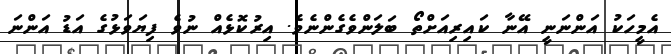
އެމީހަކު އަންނަނީ އޭނާ ކައިރިއަށްތޯ ބަލަންވެގެންނެވެ. އިރުކޮޅެއް ނުވެ ފިޔަވަޅުގެ އަޑު އަންނަ